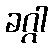
ခဂ္ဂါ